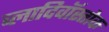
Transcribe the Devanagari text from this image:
व्लादिवॉस्तोक